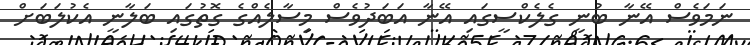
ނަމަވެސް އޭނާ ބުނީ ގެލެކްސީގައި އޭނާ އަބަދުވެސް މިސާލެއްގެ ގޮތުގައި ބަލާނީ އެކުލަބަށް